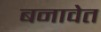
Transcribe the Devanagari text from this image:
बनावेत